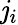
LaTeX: \mathit{j}_{i}